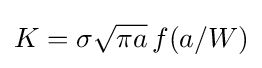
K=\sigma {\sqrt {\pi a}}\,f(a/W)